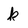
Character: k